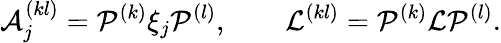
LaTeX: \mathcal{A}_{j}^{(kl)}=\mathcal{P}^{(k)}\xi_{j}\mathcal{P}^{(l)},\qquad\mathcal{L}^{(kl)}=\mathcal{P}^{(k)}\mathcal{L}\mathcal{P}^{(l)}.